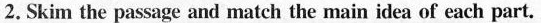
2.Skim the passage and match the main idea of each part. Part.